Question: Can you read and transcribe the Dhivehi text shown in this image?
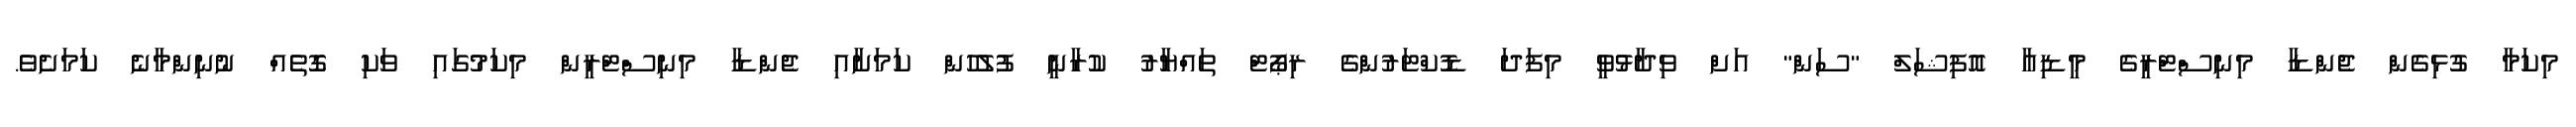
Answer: މިކަމާ ގުޅިގެން ޖެންޑާ މިނިސްޓްރީގެ މީޑިއާ އޮފިޝަލް "ސަން" އަށް ވިދާޅުވީ މިފަދަ ޑޮކްޓަރުންގެ ރިޕޯޓް ތައްޔާރު ކުރާނީ ފުލުހުން ކަމަށާއި ޖެންޑާ މިނިސްޓްރީން މިކަމުގައި ވަކި ގޮތެއް ނުނިންމާނެ ކަމަށެވެ.